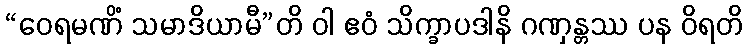
“ဝေရမဏိံ သမာဒိယာမီ”တိ ဝါ ဧဝံ သိက္ခာပဒါနိ ဂဏှန္တဿ ပန ဝိရတိ